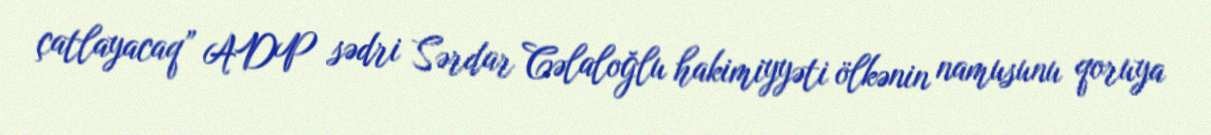
çatlayacaq” ADP sədri Sərdar Cəlaloğlu hakimiyyəti ölkənin namusunu qoruya